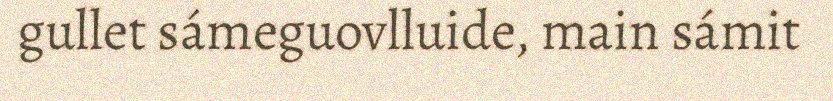
gullet sámeguovlluide, main sámit